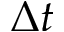
\Delta t